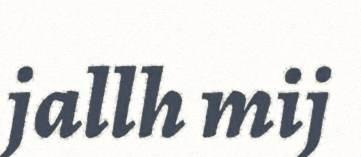
jallh mij